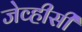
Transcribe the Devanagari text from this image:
जेव्हीसी